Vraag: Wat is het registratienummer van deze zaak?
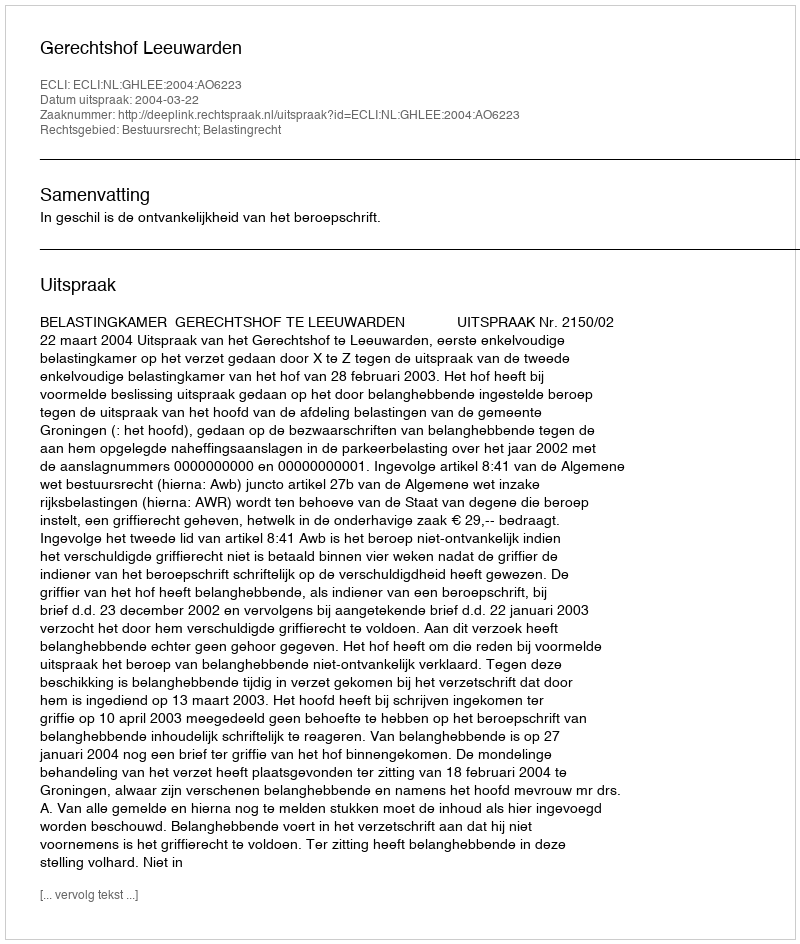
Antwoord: http://deeplink.rechtspraak.nl/uitspraak?id=ECLI:NL:GHLEE:2004:AO6223